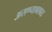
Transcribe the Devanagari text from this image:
असण्याबाबत